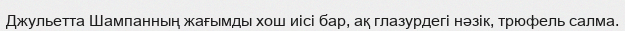
Джульетта Шампанның жағымды хош иісі бар, ақ глазурдегі нәзік, трюфель салма.